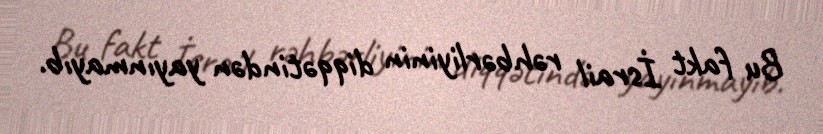
Bu fakt İsrail rəhbərliyinin diqqətindən yayınmayıb.